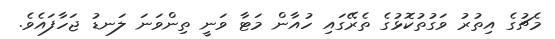
މެޗުގެ އިތުރު ވަގުތުކޮޅުގެ ތެރޭގައި ހުއާން މަޓާ ވަނީ ތިންވަނަ ލަނޑު ޖަހާފައެވެ.